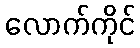
လောက်ကိုင်